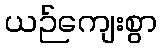
ယဉ်ကျေးစွာ